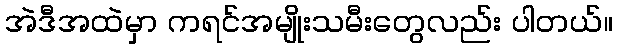
အဲဒီအထဲမှာ ကရင်အမျိုးသမီးတွေလည်း ပါတယ်။